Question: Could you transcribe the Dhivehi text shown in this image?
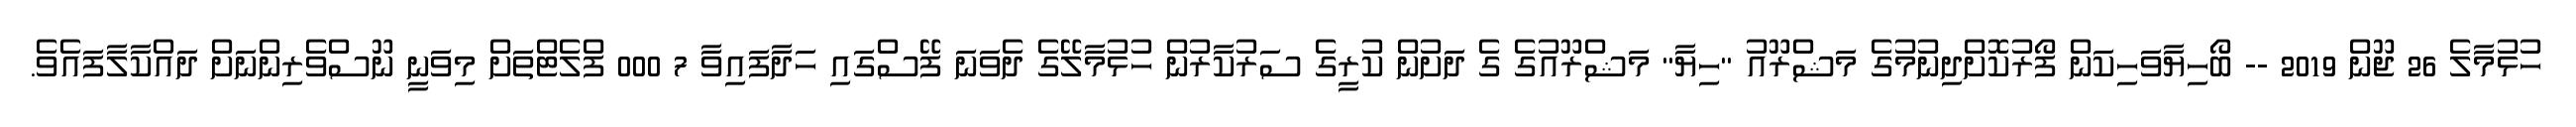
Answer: ހުޅުމާލެ 26 ޖޫން 2019 -- ބޯހިޔާވަހިކަން ފޯރުކޮށްދިނުމުގެ މަޝްރޫއު "ހިޔާ" މަޝްރޫއުގެ ގެ ދަށުން ކުރީގެ ސަރުކާރުން ހުޅުމާލޭގެ ދެވަނަ ފޭސްގައި ހަދާފައިވާ 7 000 ފްލެޓްތަށް މިވަނީ ނޫސްވެރިންނަށް ދައްކާލާފައެވެ.